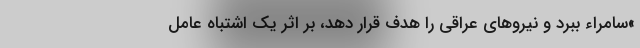
»سامراء ببرد و نیروهای عراقی را هدف قرار دهد، بر اثر یک اشتباه عامل